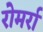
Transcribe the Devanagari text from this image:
रोमर्रा